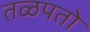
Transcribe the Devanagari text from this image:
तळपतो